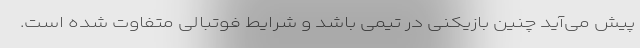
پیش می‌آید چنین بازیکنی در تیمی باشد و شرایط فوتبالی متفاوت شده است.